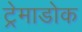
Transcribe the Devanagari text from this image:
ट्रेमाडोक